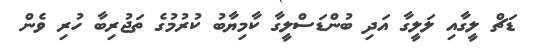
ޑަޗް ލީގާއި ލަލީގާ އަދި ބުންޑަސްލީގާ ކާމިޔާބު ކުރުމުގެ ތަޖުރިބާ ހުރި ވެން